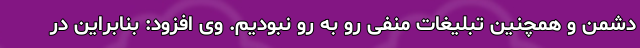
دشمن و همچنین تبلیغات منفی رو به رو نبودیم. وی افزود: بنابراین در